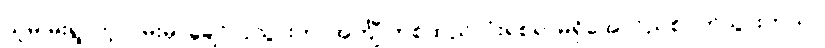
သူမ မိုးရွာတဲ့လမ်းမှာချော်လဲသွားတာအင်္ကျီ တစ်ထည်လုံးရစရာမရှိအောင်ညစ်ပတ်သွားတယ်။